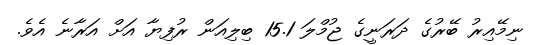
ނިމޭއިރު ބޭރުގެ ދަރަނީގެ ޖުމްލަ 15.1 ބިލިއަން ރުފިޔާ އަށް އަރާނެ އެވެ.